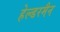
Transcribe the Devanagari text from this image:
हेल्डरमैन